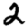
Digit: 2